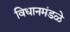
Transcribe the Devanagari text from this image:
विधानमंडळे